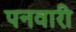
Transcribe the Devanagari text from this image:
पनवारी